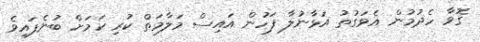
ގޮވާ ހެދުމުން އެވަގުތު އަޅާނުލާ ފަހުން އައިސް މަލާމަތް ކުރި ކަމަށް ބުނެފައިވެ